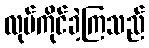
လုပ်ကိုင်ခဲ့ကြသည်